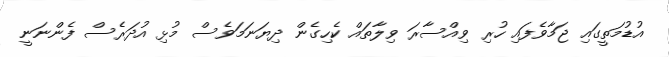
އުޑުމަތީގައި ޖަމާވެފައި ހުރި ވިއްސާރަ ވިލާތައް ކެހިގެން ދިޔަނަމަވެސް މުޅި އުދަރެސް ފެންނަނީ